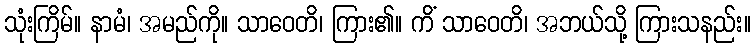
သုံးကြိမ်။ နာမံ၊ အမည်ကို။ သာဝေတိ၊ ကြား၏။ ကိံ သာဝေတိ၊ အဘယ်သို့ ကြားသနည်း။